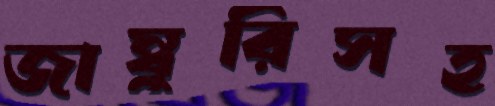
জাম্বুরিসহ